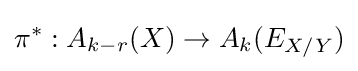
\pi ^{*}:A_{k-r}(X)\to A_{k}(E_{X/Y})